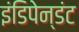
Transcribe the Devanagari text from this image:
इंडिपेन्डंट